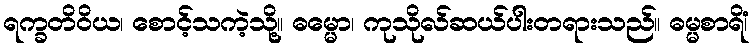
ရက္ခတိဝိယ၊ စောင့်သကဲ့သို့။ ဓမ္မော၊ ကုသိုလ်ဆယ်ပါးတရားသည်။ ဓမ္မစာရိံ၊